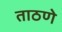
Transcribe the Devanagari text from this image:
ताठणे